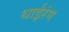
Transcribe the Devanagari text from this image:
थाईरंग